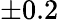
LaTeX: \pm 0.2